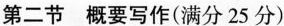
第二节 概要写作(满分 25 分)